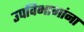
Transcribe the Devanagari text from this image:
उपविभागांना